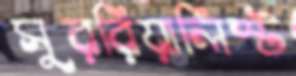
সুররিয়ালিস্ট